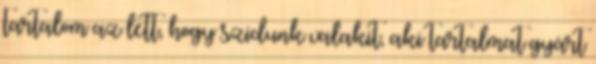
tartalom az lett, hogy szidunk valakit, aki tartalmat gyárt